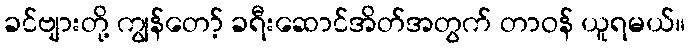
ခင်ဗျားတို့ ကျွန်တော့် ခရီးဆောင်အိတ်အတွက် တာဝန် ယူရမယ်။